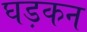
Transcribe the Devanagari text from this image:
घड़कन